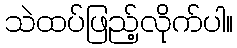
သဲထပ်ဖြည့်လိုက်ပါ။